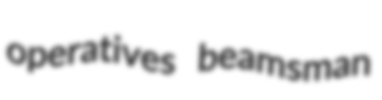
operatives beamsman